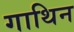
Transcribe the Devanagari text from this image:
गाथिन